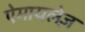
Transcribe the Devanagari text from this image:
ऐमायलेज़